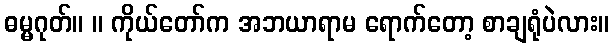
ဓမ္မဂုတ်။ ။ ကိုယ်တော်က အဘယာရာမ ရောက်တော့ စာချရုံပဲလား။